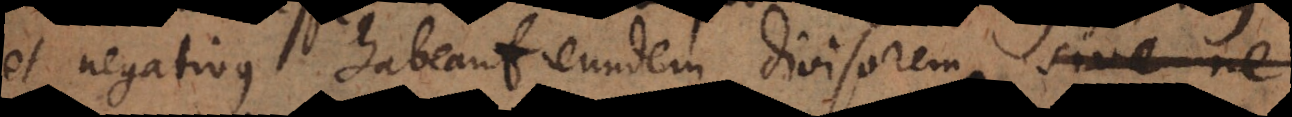
et negativus habeant eundem divisorem, sive ne.